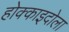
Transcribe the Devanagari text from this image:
होक्काइदोला